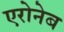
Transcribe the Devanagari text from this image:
एरोनेब